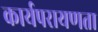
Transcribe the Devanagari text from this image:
कार्यपरायणता